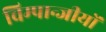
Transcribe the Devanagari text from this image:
चिम्पान्जीयों